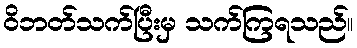
ဝိဘတ်သက်ပြီးမှ သက်ကြရသည်။